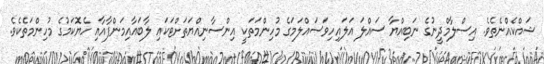
ޝައްކެއްނެތެވެ. އިސްލާމްދީނުގެ ނަބިއްޔާ ސައްލަ އަލައިހިވަސައްލަމަގެ މުހިންމަތަކީ އިންސާނިއްޔަތަށްޓަކައި ލާބައާއިމަންފާއާއި ހެޔޮކަމުގެ މުހިންމަތެކެވެ.